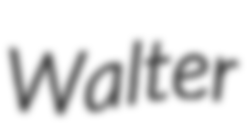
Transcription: Walter